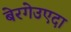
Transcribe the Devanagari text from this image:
बेरगेउएदा